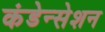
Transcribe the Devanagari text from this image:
कंडेन्सेशन